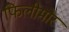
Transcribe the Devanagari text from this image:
फिलीमोर